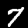
Digit: 7